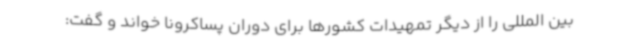
بین المللی را از دیگر تمهیدات کشورها برای دوران پساکرونا خواند و گفت: